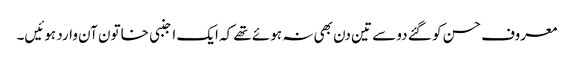
معروف حسن کو گئے دو سے تین دن بھی نہ ہوئے تھے کہ ایک اجنبی خاتون آن وارد ہوئیں۔